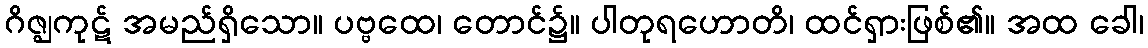
ဂိဇ္ဈကုဋ် အမည်ရှိသော။ ပဗ္ဗထေ၊ တောင်၌။ ပါတုရဟောတိ၊ ထင်ရှားဖြစ်၏။ အထ ခေါ၊